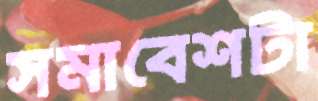
সমাবেশটা